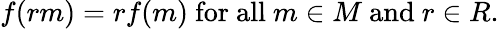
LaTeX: f(rm)=rf(m){\mathrm{~for~all~}}m\in M{\mathrm{~and~}}r\in R.